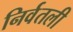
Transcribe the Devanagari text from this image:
निर्वतली